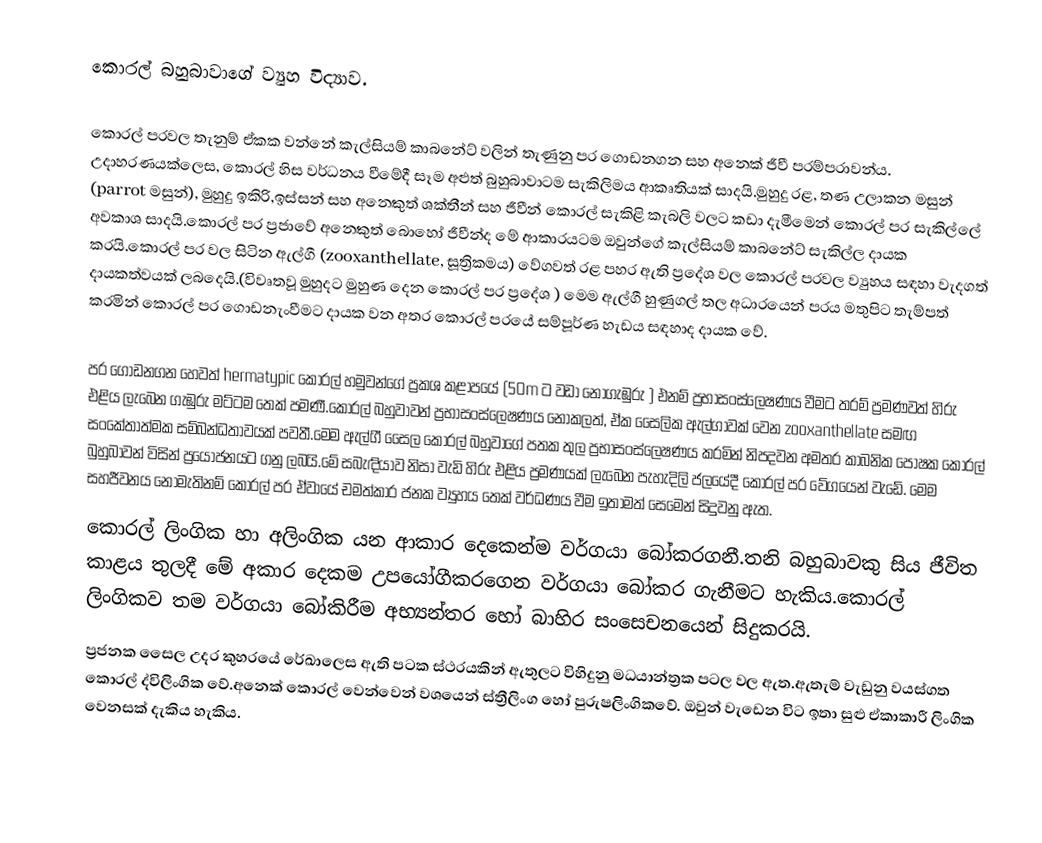
කොරල් බහුබාවාගේ ව්‍යුහ විද්‍යාව.

කොරල් පරවල තැනුම් ඒකක වන්නේ කැල්සියම් කාබනේට් වලින් තැණුනු පර ගොඩනගන සහ අනෙක් ජීවී පරම්පරාවන්ය. උදාහරණයක්ලෙස, කොරල් හිස වර්ධනය  වීමේදී සෑම අළුත් බුහුබාවාටම සැකිලිමය ආකෘතියක් සාදයි.මුහුදු රළ, තණ උලාකන මසුන් (parrot මසුන්), මුහුදු ඉකිරි,ඉස්සන් සහ අනෙකුත් ශක්තීන් සහ ජීවීන් කොරල් සැකිළි කැබලි වලට කඩා දැමීමෙන් කොරල් පර  සැකිල්ලේ අවකාශ සාදයි.කොරල් පර ප්‍රජාවේ අනෙකුත් බොහෝ ජීවීන්ද මේ ආකාරයටම ඔවුන්ගේ කැල්සියම් කාබනේට් සැකිල්ල දායක කරයි.කොරල් පර වල සිටින ඇල්ගී (zooxanthellate,  සූත්‍රිකමය) වේගවත් රළ පහර ඇති ප්‍රදේශ වල කොරල් පරවල ව්‍යුහය සඳහා වැදගත් දායකත්වයක් ලබදෙයි.(විවෘතවූ මුහුදට මුහුණ දෙන කොරල් පර ප්‍රදේශ ) මෙම ඇල්ගී හුණුගල් තල අධාරයෙන් පරය මතුපිට තැම්පත් කරමින් කොරල් පර ගොඩනැංවීමට දායක වන අතර කොරල් පරයේ සම්පූර්ණ හැඩය සඳහාද දායක වේ.

පර ගොඩනගන  හෙවත් hermatypic කොරල් හමුවන්ගේ ප්‍රකශ කළාපයේ (50m  ට වඩා නොගැඹුරු ) එනම් ප්‍රභාසංස්ලෙෂණය වීමට තරම් ප්‍රමණවත් හිරු එළිය ලැබෙන ගැඹුරු මට්ටම තෙක් පමණී.කොරල් බහුවාවන් ප්‍රභාසංස්ලෙෂණය නොකලත්, ඒක සෛලික ඇල්ගාවක් වෙන zooxanthellate  සමඟ සංකේතාත්මක සම්බන්ධතාවයක් පවතී.මෙම ඇල්ගී සෛල කොරල් බහුවාගේ පතක තුල ප්‍රභාසංස්ලෙෂණය කරමින් නිපදවන අමතර කාබනික පෝෂක කොරල් බුහුබාවන් විසින් ප්‍රයෝජනයට ගනු ලබයි.මේ සබැඳියාව නිසා වැඩි හිරු එළිය ප්‍රමණයක් ලැබෙන  පැහැදිලි ජලයේදී කොරල් පර වේගයෙන් වැඩේ. මෙම සහජීවනය නොමැතිනම් කොරල් පර ඒවායේ චමත්කාර ජනක ව්‍යුහය තෙක් වර්ධණය වීම ඉතාමත් සෙමෙන් සිදුවනු ඇත.
කොරල් ලිංගික හා අලිංගික  යන ආකාර දෙකෙන්ම වර්ගයා බෝකරගනී.තනි බහුබාවකු සිය ජීවිත කාළය තුලදී මේ අකාර දෙකම උපයෝගීකරගෙන වර්ගයා බෝකර ගැනීමට හැකිය.කොරල් ලිංගිකව තම වර්ගයා බෝකිරීම අභ්‍යන්තර හෝ බාහිර සංසෙචනයෙන් සිදුකරයි.
ප්‍රජනක සෛල උදර කුහරයේ රේඛාලෙස ඇති පටක ස්ථරයකින් ඇතුලට විහිදුනු මධ‍යාන්ත්‍රක පටල වල ඇත.ඇතැම් වැඩුනු වයස්ගත කොරල් ද්විලිංගික වේ.අනෙක් කොරල් වෙන්වෙන්  වශයෙන් ස්ත්‍රීලිංග හෝ පුරුෂලිංගිකවේ. ඔවුන් වැඩෙන විට ඉතා සුළු  ඒකාකාරී ලිංගික වෙනසක් දැකිය හැකිය.